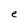
Character: e